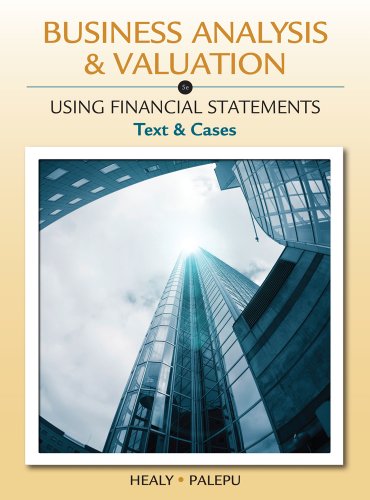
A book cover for Business Analysis and Valuation: Using Financial Statements, Text and Cases (with Thomson Analytics Printed Access Card); Krishna G. Palepu; Business & Money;